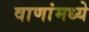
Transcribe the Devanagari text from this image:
वाणांमध्ये